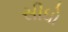
સીધો